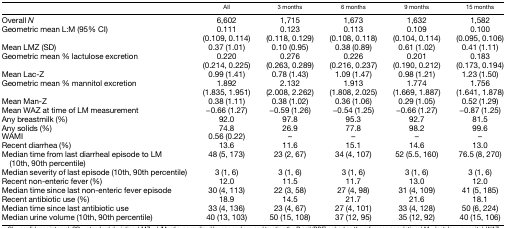
<table><thead><tr><td></td><td><b>All</b></td><td><b>3 months</b></td><td><b>6 months</b></td><td><b>9 months</b></td><td><b>15 months</b></td></tr></thead><tbody><tr><td>Overall <i>N</i></td><td>6,602</td><td>1,715</td><td>1,673</td><td>1,632</td><td>1,582</td></tr><tr><td>Geometric mean L:M (95% CI)</td><td>0.111 (0.109, 0.114)</td><td>0.123 (0.118, 0.129)</td><td>0.113 (0.108, 0.118)</td><td>0.109 (0.104, 0.114)</td><td>0.100 (0.095, 0.106)</td></tr><tr><td>Mean LMZ (SD)</td><td>0.37 (1.01)</td><td>0.10 (0.95)</td><td>0.38 (0.89)</td><td>0.61 (1.02)</td><td>0.41 (1.11)</td></tr><tr><td>Geometric mean % lactulose excretion</td><td>0.220 (0.214, 0.225)</td><td>0.276 (0.263, 0.289)</td><td>0.226 (0.216, 0.237)</td><td>0.201 (0.190, 0.212)</td><td>0.183 (0.173, 0.194)</td></tr><tr><td>Mean Lac-Z</td><td>0.99 (1.41)</td><td>0.78 (1.43)</td><td>1.09 (1.47)</td><td>0.98 (1.21)</td><td>1.23 (1.50)</td></tr><tr><td>Geometric mean % mannitol excretion</td><td>1.892 (1.835, 1.951)</td><td>2.132 (2.008, 2.262)</td><td>1.913 (1.808, 2.025)</td><td>1.774 (1.669, 1.887)</td><td>1.756 (1.641, 1.878)</td></tr><tr><td>Mean Man-Z</td><td>0.38 (1.11)</td><td>0.38 (1.02)</td><td>0.36 (1.06)</td><td>0.29 (1.05)</td><td>0.52 (1.29)</td></tr><tr><td>Mean WAZ at time of LM measurement</td><td>−0.66 (1.27)</td><td>−0.59 (1.26)</td><td>−0.54 (1.25)</td><td>−0.66 (1.27)</td><td>−0.87 (1.25)</td></tr><tr><td>Any breastmilk (%)</td><td>92.0</td><td>97.8</td><td>95.3</td><td>92.7</td><td>81.5</td></tr><tr><td>Any solids (%)</td><td>74.8</td><td>26.9</td><td>77.8</td><td>98.2</td><td>99.6</td></tr><tr><td>WAMI</td><td>0.56 (0.22)</td><td>–</td><td>–</td><td>–</td><td>–</td></tr><tr><td>Recent diarrhea (%)</td><td>13.6</td><td>11.6</td><td>15.1</td><td>14.6</td><td>13.0</td></tr><tr><td>Median time from last diarrheal episode to LM (10th, 90th percentile)</td><td>48 (5, 173)</td><td>23 (2, 67)</td><td>34 (4, 107)</td><td>52 (5.5, 160)</td><td>76.5 (8, 270)</td></tr><tr><td>Median severity of last episode (10th, 90th percentile)</td><td>3 (1, 6)</td><td>3 (1, 6)</td><td>3 (1, 6)</td><td>3 (1, 6)</td><td>3 (1, 6)</td></tr><tr><td>Recent non-enteric fever (%)</td><td>12.0</td><td>11.5</td><td>11.7</td><td>13.0</td><td>12.0</td></tr><tr><td>Median time since last non-enteric fever episode</td><td>30 (4, 113)</td><td>22 (3, 58)</td><td>27 (4, 98)</td><td>31 (4, 109)</td><td>41 (5, 185)</td></tr><tr><td>Recent antibiotic use (%)</td><td>18.9</td><td>14.5</td><td>21.7</td><td>21.6</td><td>18.1</td></tr><tr><td>Median time since last antibiotic use</td><td>33 (4, 136)</td><td>23 (4, 67)</td><td>27 (4, 101)</td><td>33 (4, 128)</td><td>50 (6, 224)</td></tr><tr><td>Median urine volume (10th, 90th percentile)</td><td>40 (13, 103)</td><td>50 (15, 108)</td><td>37 (12, 95)</td><td>35 (12, 92)</td><td>40 (15, 106)</td></tr></tbody></table>